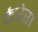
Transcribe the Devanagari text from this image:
कैरेरा